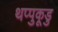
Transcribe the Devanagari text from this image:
थप्पुकूडु